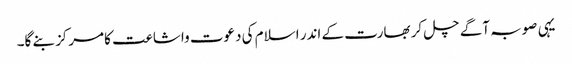
یہی صوبہ آگے چل کر بھارت کے اندر اسلام کی دعوت واشاعت کامرکز بنے گا۔